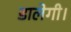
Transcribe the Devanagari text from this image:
डालेगी।